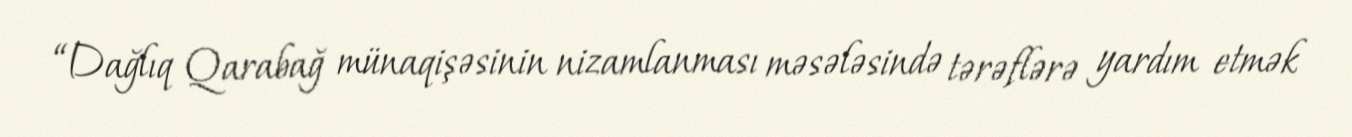
“Dağlıq Qarabağ münaqişəsinin nizamlanması məsələsində tərəflərə yardım etmək